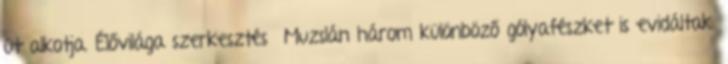
út alkotja. Élővilága szerkesztés Muzslán három különböző gólyafészket is evidáltak.